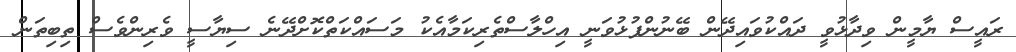
ރައީސް ޔާމީން ވިދާޅުވީ ދައްކުވައިދޭން ބޭނުންފުޅުވަނީ އިހްލާސްތެރިކަމާއެކު މަސައްކަތްކޮށްދޭނެ ސިޔާސީ ވެރިންވެސް ތިބިތަން